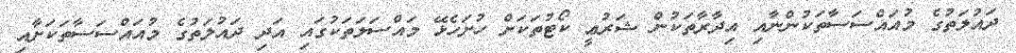
ދައުލަތުގެ މުއައްސަސާތަކުންނާއި އިދާރާތަކުން ޝަރުޢީ ކޯޓުތަކަށް ހުށަހެޅޭ މައްސަލަތަކުގައި އަދި ދައުލަތުގެ މުއައްސަސާތަކަށާއި